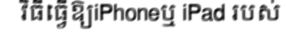
វិធីធ្វើឱ្យiPhoneឬ iPad របស់